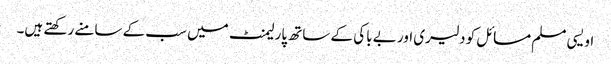
اویسی مسلم مسائل کو دلیری اور بے باکی کے ساتھ پارلیمنٹ میں سب کے سامنے رکھتے ہیں۔